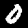
Label: 0